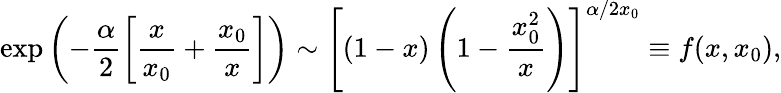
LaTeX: \exp\left(-\frac\alpha 2\left[\frac x{x_{0}}+\frac{x_{0}}x\right]\right)\sim\left[\left(1-x\right)\left(1-\frac{x_{0}^{2}}x\right)\right]^{\alpha/2x_{0}}\equiv f(x,x_{0}),